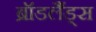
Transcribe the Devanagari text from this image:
ब्रॉडलैंड्स